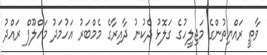
ވާތީ ރައްޔިތުންގެ މަޖިލީހުގެ ގަލޮޅު ދެކުނު ދާއިރާގެ މެމްބަރު އަހުމަދު މަހްލޫފް ރައްދު